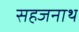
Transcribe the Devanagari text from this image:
सहजनाथ